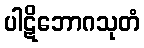
ပါဋိဘောဂသုတံ